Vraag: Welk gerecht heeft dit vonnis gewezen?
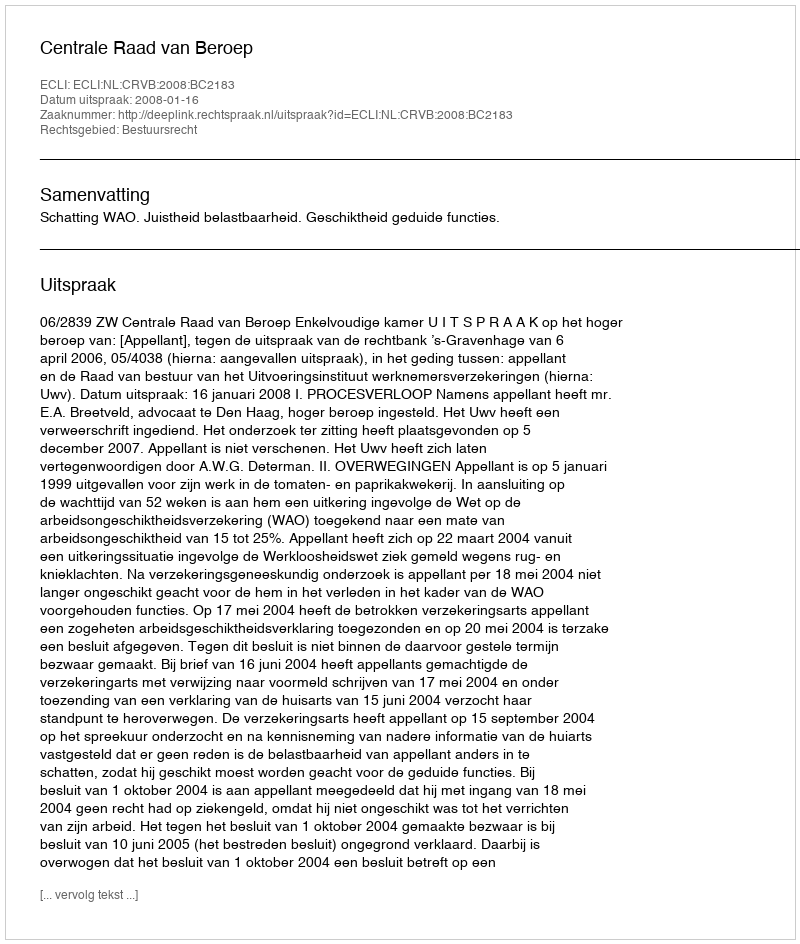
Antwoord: Centrale Raad van Beroep